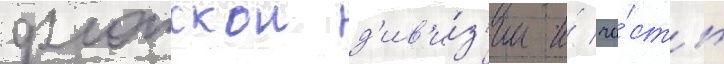
флотскои д'ив'и́з'ии и́ ча́сть